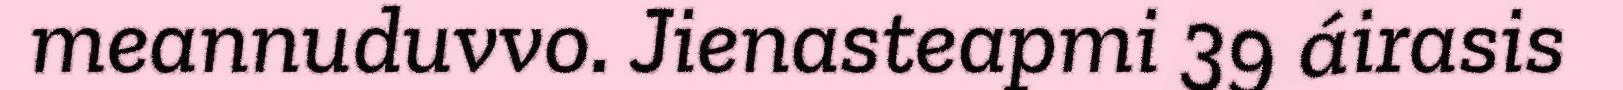
meannuduvvo. Jienasteapmi 39 áirasis